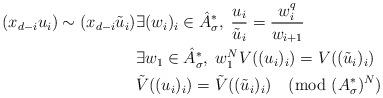
LaTeX: \begin{align*}(x_{d-i}u_i) \sim (x_{d-i} \tilde{u}_i) & \exists (w_i)_i \in \hat{A}_{\sigma}^*, \; \frac{u_i}{\tilde{u}_i}= \frac{w_i^q}{w_{i+1}} \\& \exists w_1 \in \hat{A}_{\sigma}^*, \; w_1^NV((u_i)_i)= V((\tilde{u}_i)_i) \\ & \tilde{V}((u_i)_i) = \tilde{V}((\tilde{u}_i)_i)\pmod{({A}_{\sigma}^*)^N}\end{align*}